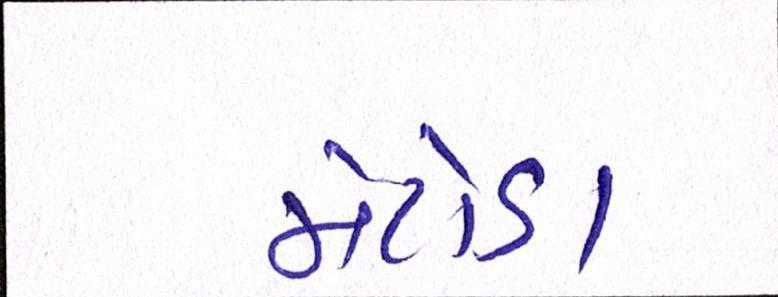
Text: મેટોડા